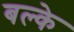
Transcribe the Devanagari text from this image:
बल्के